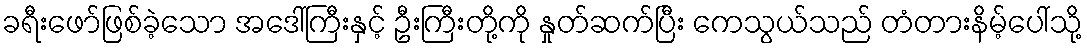
ခရီးဖော်ဖြစ်ခဲ့သော အဒေါ်ကြီးနှင့် ဦးကြီးတို့ကို နှုတ်ဆက်ပြီး ကေသွယ်သည် တံတားနိမ့်ပေါ်သို့